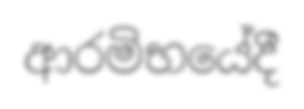
ආරමිභයේදී